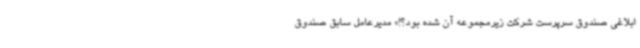
ابلاغی صندوق سرپرست شرکت زیرمجموعه آن شده بود؟!» مدیرعامل سابق صندوق